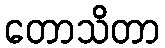
တောသိတာ